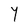
Character: Y